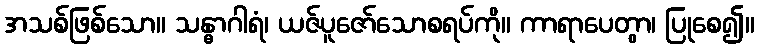
အသစ်ဖြစ်သော။ သန္ဓာဂါရံ၊ ယဇ်ပူဇော်သောစရပ်ကို။ ကာရာပေတွာ၊ ပြုစေ၍။